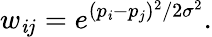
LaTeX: w_{\mathit{i}j}=e^{(p_{\mathit{i}}-p_{j})^{2}/2\sigma^{2}}.